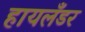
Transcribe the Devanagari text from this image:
हायलँडर